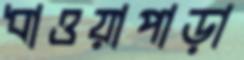
ধাওয়াপাড়া